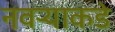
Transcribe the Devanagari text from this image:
नवर्‍याकडे